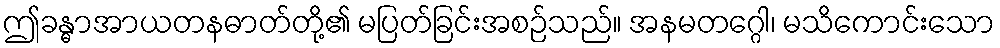
ဤခန္ဓာအာယတနဓာတ်တို့၏ မပြတ်ခြင်းအစဉ်သည်။ အနမတဂ္ဂေါ၊ မသိကောင်းသော